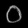
Digit: ၀